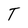
Character: T